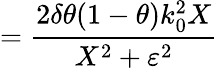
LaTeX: =\frac{2\delta\theta(1-\theta)k_{0}^{2}X}{X^{2}+\varepsilon^{2}}